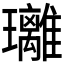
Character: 𤫚